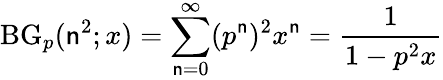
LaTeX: \operatorname{BG}_{p}(\mathsf{n}^{2};x)=\sum_{\mathsf{n}=0}^{\infty}(p^{\mathsf{n}})^{2}x^{\mathsf{n}}={\frac{{1}}{{1-p^{2}x}}}